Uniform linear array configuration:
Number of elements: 64
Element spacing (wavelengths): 0.5
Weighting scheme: hamming
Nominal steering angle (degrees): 45
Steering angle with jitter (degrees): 46.174
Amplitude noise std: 0.05
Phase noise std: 0.05

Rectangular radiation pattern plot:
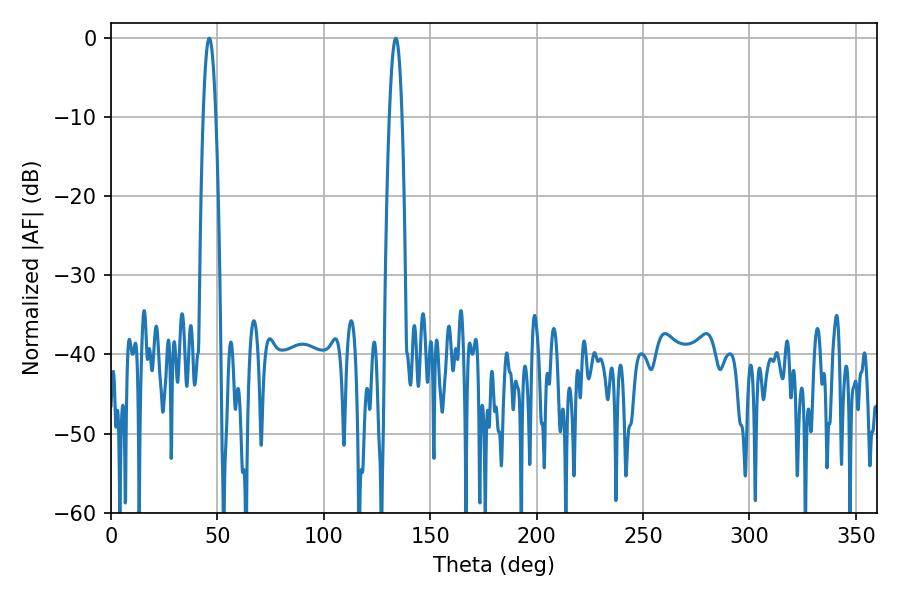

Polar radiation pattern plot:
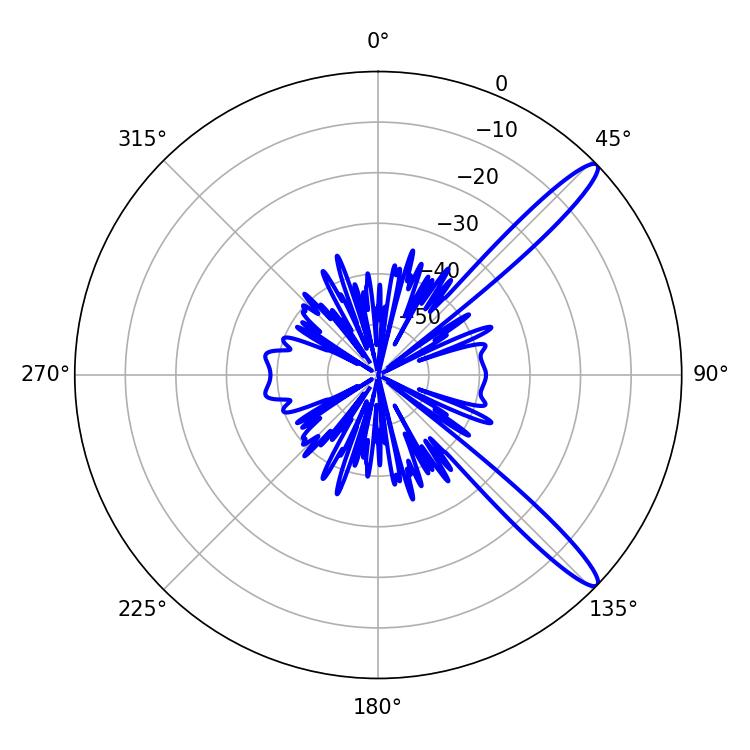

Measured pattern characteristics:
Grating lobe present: FALSE
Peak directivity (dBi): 13.464
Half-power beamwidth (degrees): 3.24
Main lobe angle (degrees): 46.26